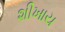
શીખાય